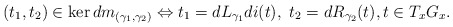
\begin{align*} (t_1,t_2)\in \ker dm_{(\gamma_1,\gamma_2)}\Leftrightarrow t_1=dL_{\gamma_1}di(t),\ t_2=dR_{\gamma_2}(t), t\in T_xG_x.\end{align*}